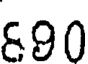
&90